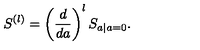
S ^ { ( l ) } = \left( \frac { d } { d a } \right) ^ { l } S _ { a | a = 0 } .